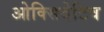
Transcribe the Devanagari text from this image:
ओक्सिदेटिव